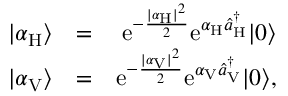
\begin{array} { r l r } { | \alpha _ { \mathrm { H } } \rangle } & { = } & { \mathrm { e } ^ { - \frac { | \alpha _ { \mathrm { H } } | ^ { 2 } } { 2 } } \mathrm { e } ^ { \alpha _ { \mathrm { H } } \hat { a } _ { \mathrm { H } } ^ { \dagger } } | 0 \rangle } \\ { | \alpha _ { \mathrm { V } } \rangle } & { = } & { \mathrm { e } ^ { - \frac { | \alpha _ { \mathrm { V } } | ^ { 2 } } { 2 } } \mathrm { e } ^ { \alpha _ { \mathrm { V } } \hat { a } _ { \mathrm { V } } ^ { \dagger } } | 0 \rangle , } \end{array}